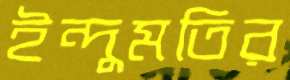
ইন্দুমতির